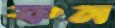
কন